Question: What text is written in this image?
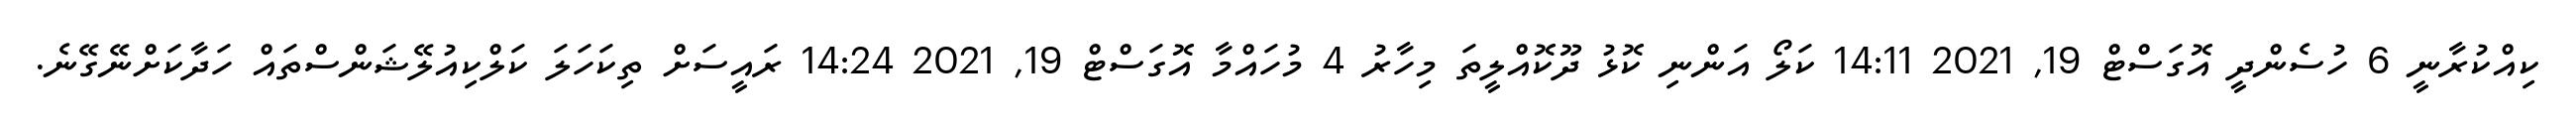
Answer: ކިއްކުރާނީ 6 ހުސެންދީ އޮގަސްޓް 19, 2021 14:11 ކަލޯ އަންނި ކޮޅު ދޫކޮއްލީތަ މިހާރު 4 މުހައްމާ އޮގަސްޓް 19, 2021 14:24 ރައީސަށް ތިކަހަލަ ކަލްކިއުލޭޝަންސްތައް ހަދާކަށްނޭގޭނެ.